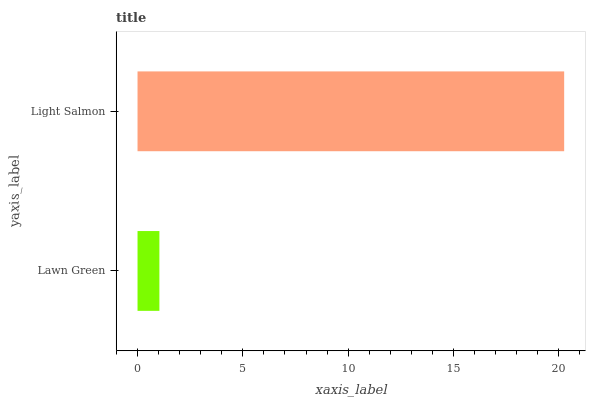
| yaxis_label | bars |
 | --- | --- |
 | Lawn Green | 1.04 |
 | Light Salmon | 20.3 |